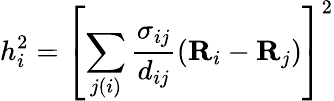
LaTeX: h_{i}^{2}=\left[\sum_{j(i)}\frac{\sigma_{ij}}{d_{ij}}(\textbf{R}_{i}-\textbf{R}_{j})\right]^{2}